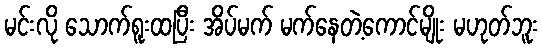
မင်းလို သောက်ရူးထပြီး အိပ်မက် မက်နေတဲ့ကောင်မျိုး မဟုတ်ဘူး